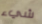
شيء